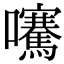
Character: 𡅶